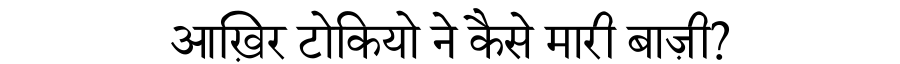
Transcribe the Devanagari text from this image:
आख़िर टोकियो ने कैसे मारी बाज़ी?